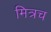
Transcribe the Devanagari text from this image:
मित्रच